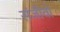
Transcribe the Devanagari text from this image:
संजीवो